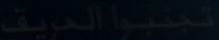
تجربة-الحريق